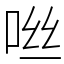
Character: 咝